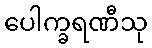
ပေါက္ခရဏီသု